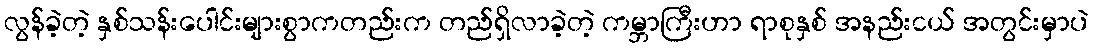
လွန်ခဲ့တဲ့ နှစ်သန်းပေါင်းများစွာကတည်းက တည်ရှိလာခဲ့တဲ့ ကမ္ဘာကြီးဟာ ရာစုနှစ် အနည်းငယ် အတွင်းမှာပဲ